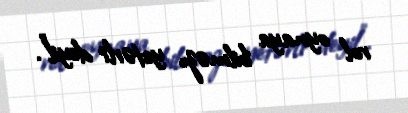
rol oynaya bilməz, yetərli deyil".